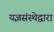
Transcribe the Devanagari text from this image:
यज्ञसंस्थेद्वारा